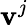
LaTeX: \mathbf{v}^{j}